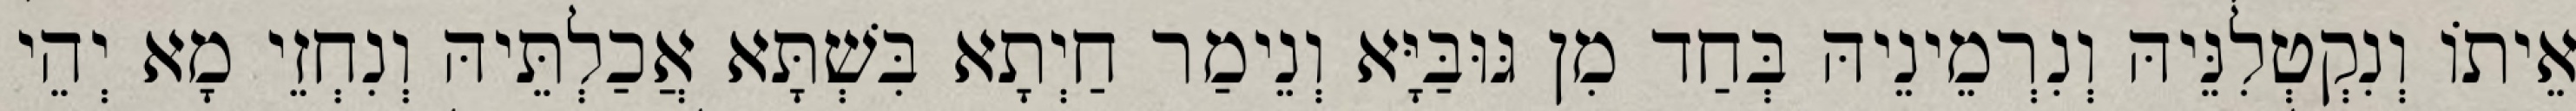
אֵיתוֹ וְנִקְטְלִנֵּיהּ וְנִרְמֵינֵיהּ בְּחַד מִן גּוּבַּיָּא וְנֵימַר חַיְתָא בִּשְׁתָּא אֲכַלְתֵּיהּ וְנִחְזֵי מָא יְהֵי